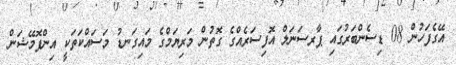
އޭގެފަހުން 08 ޑިސެންބަރުގައި ޕާރސަނަލް އޮފިސަރެއްގެ ގޮތުން މަރިޔަމްގެ މައިގަނޑު މަސައްކަތަކީ އިންފޮމޭޝަން